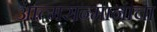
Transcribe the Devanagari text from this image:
आत्मसन्मानाचा